Report of the Indian Hemp Drugs Commission, 1894-1895 - Volume VI
Year: 1894
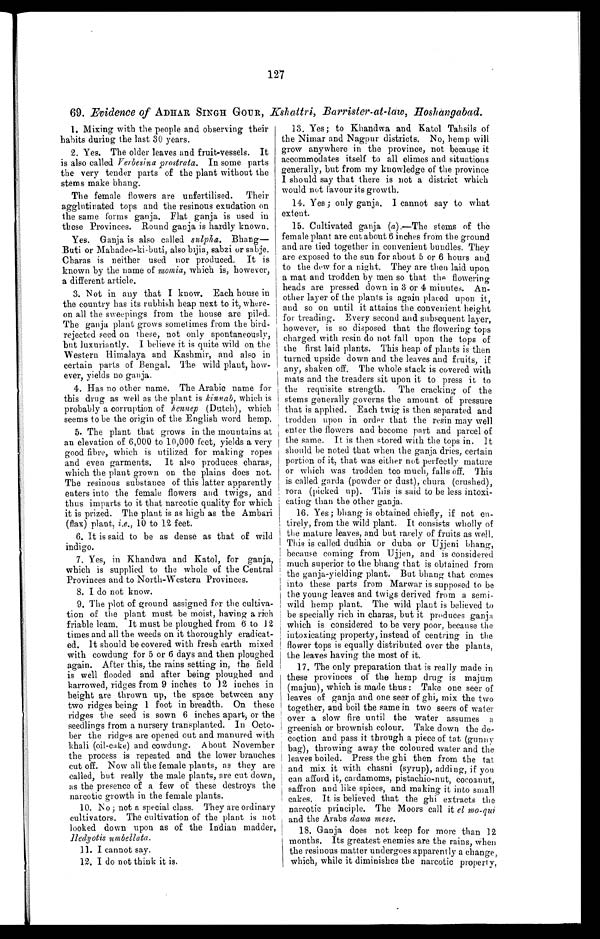
127
69. Evidence of ADHAR SINGH GOUR, Kshattri, Barrister-at-law, Hoshangabad.
1. Mixing with the people and observing their
habits during the last 30 years.
2. Yes. The older leaves and fruit-vessels. It
is also called Verbesina prostrata. In some parts
the very tender parts of the plant without the
stems make bhang.
The female flowers are unfertilised. Their
agglutinated tops and the resinous exudation on
the same forms ganja. Flat ganja is used in
these Provinces. Round ganja is hardly known.
Yes. Ganja is also called sulpha. Bhang
— B u t i o r M a h a d e o - k i b u t i , a l s o b i j i a , s a b z i o r s a b j e .
Charas is neither used nor produced. It is
known by the name of momia, which is, however,
a different article.
3. Not in any that I know. Each house in
the country has its rubbish heap next to it, where
- o n a l l t h e s w e e p i n g s f r o m t h e h o u s e a r e p i l e d .
The ganja plant grows sometimes from the bird-
rejected seed on these, not only spontaneously,
but luxuriantly. I believe it is quite wild on the
Western Himalaya and Kashmir, and also in
certain parts of Bengal. The wild plant, how
-ever, yields no ganja.
4. Has no other name. The Arabic name for
this drug as well as the plant is kinnab, which is
probably a corruption of hennep (Dutch), which
seems to be the origin of the English word hemp.
5. The plant that grows in the mountains at
an elevation of 6,000 to 10,000 feet, yields a very
good fibre, which is utilized for making ropes
and even garments. It also produces charas,
which the plant grown on the plains does not.
The resinous substance of this latter apparently
enters into the female flowers and twigs, and
thus imparts to it that narcotic quality for which
it is prized. The plant is as high as the Ambari
(flax) plant, i.e. , 10 to 12 feet.
6. It is said to be as dense as that of wild
indigo.
7. Yes, in Khandwa and Katol, for ganja,
which is supplied to the whole of the Central
Provinces and to North-Western Provinces.
8. I do not know.
9. The plot of ground assigned for the cultiva
- t i o n o f t h e p l a n t m u s t b e m o i s t , h a v i n g a r i c h
friable loam. It must be ploughed from 6 to 12
times and all the weeds on it thoroughly eradicat
- e d . I t s h o u l d b e c o v e r e d w i t h f r e s h e a r t h m i x e d
with cowdung for 5 or 6 days and then ploughed
again. After this, the rains setting in, the field
is well flooded and after being ploughed and
harrowed, ridges from 9 inches to 12 inches in
height are thrown up, the space between any
two ridges being 1 foot in breadth. On these
ridges the seed is sown 6 inches apart, or the
seedlings from a nursery transplanted. In Octo
-ber the ridges are opened out and manured with
Khali (oil-cake) and cowdung. About November
the process is repeated and the lower branches
cut off. Now all the female plants, as they are
called, but really the male plants, are cut down,
as the presence of a few of these destroys the
narcotic growth in the female plants.
10. No; not a special class. They are ordinary
cultivators. The cultivation of the plant is not
looked down upon as of the Indian madder,
Hedyotis umbellata.
11. I cannot say.
12. I do not think it is.
13. Yes; to Khandwa and Katol Tahsils of
the Nimar and Nagpur districts. No, hemp will
grow anywhere in the province, not because it
accommodates itself to all climes and situations
generally, but from my knowledge of the province
I should say that there is not a district which
would not favour its growth.
14. Yes; only ganja. I cannot say to what
extent.
15. Cultivated ganja (a).—The stems of the
female plant are cut about 6 inches from the ground
and are tied together in convenient bundles. They
are exposed to the sun for about 5 or 6 hours and
to the dew for a night. They are then laid upon
a mat and trodden by men so that the flowering
heads are pressed down in 3 or 4 minutes. An
- o t h e r l a y e r o f t h e p l a n t s i s a g a i n p l a c e d u p o n i t ,
and so on until it attains the convenient height
for treading. Every second and subsequent layer,
however, is so disposed that the flowering tops
charged with resin do not fall upon the tops of
the first laid plants. This heap of plants is then
turned upside down and the leaves and fruits, if
any, shaken off. The whole stack is covered with
mats and the treaders sit upon it to press it to
the requisite strength. The cracking of the
stems generally governs the amount of pressure
that is applied. Each twig is then separated and
trodden upon in order that the resin may well
enter the flowers and become part and parcel of
the same. It is then stored with the tops in. It
should be noted that when the ganja dries, certain
portion of it, that was either not perfectly mature
or which was trodden too much, falls off. This
is called garda (powder or dust), chura (crushed),
rora (picked up). This is said to be less intoxi
-cating than the other ganja.
16. Yes; bhang is obtained chiefly, if not en
- t i r e l y , f r o m t h e w i l d p l a n t . I t c o n s i s t s w h o l l y o f
the mature leaves, and but rarely of fruits as well.
This is called dudhia or duba or Ujjeni bhang,
because coming from Ujjen, and is considered
much superior to the bhang that is obtained from
the ganja-yielding plant. But bhang that comes
into these parts from Marwar is supposed to be
the young leaves and twigs derived from a semi-
wild hemp plant. The wild plant is believed to
be specially rich in charas, but it produces ganja
which is considered to be very poor, because the
intoxicating property, instead of centring in the
flower tops is equally distributed over the plants,
the leaves having the most of it.
17. The only preparation that is really made in
these provinces of the hemp drug is majum
(majun), which is made thus: Take one seer of
leaves of ganja and one seer of ghi, mix the two
together, and boil the same in two seers of water
over a slow fire until the water assumes a
greenish or brownish colour. Take down the de
-coction and pass it through a piece of tat (gunny
bag), throwing away the coloured water and the
leaves boiled. Press the ghi then from the tat
and mix it with chasni (syrup), adding, if you
can afford it, cardamoms, pistachio-nut, cocoanut,
saffron and like spices, and making it into small
cakes, It is believed that the ghi extracts the
narcotic principle. The Moors call it el mo-qui
and the Arabs dowa me s e .
18. Ganja does not keep for more than 12
months. Its greatest enemies are the rains, when
the resinous matter undergoes apparently a change,
which, while it diminishes the narcotic property,